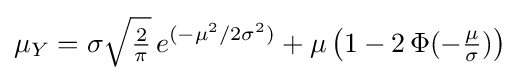
\mu _{Y}=\sigma {\sqrt {\tfrac {2}{\pi }}}\,e^{(-\mu ^{2}/2\sigma ^{2})}+\mu \left(1-2\,\Phi (-{\tfrac {\mu }{\sigma }})\right)